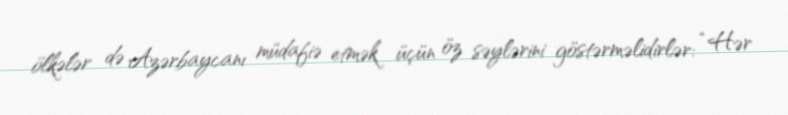
ölkələr də Azərbaycanı müdafiə etmək üçün öz səylərini göstərməlidirlər: “Hər